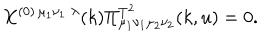
X ^ { ( 0 ) \, \mu _ { 1 } \nu _ { 1 } \; \lambda } ( k ) \Pi _ { \mu _ { 1 } \nu _ { 1 } \mu _ { 2 } \nu _ { 2 } } ^ { T ^ { 2 } } ( k , u ) = 0 .